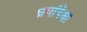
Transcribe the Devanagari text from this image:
श्रमांपेक्षा